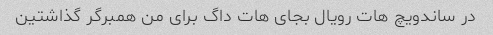
در ساندویچ هات رویال بجای هات داگ برای من همبرگر گذاشتین